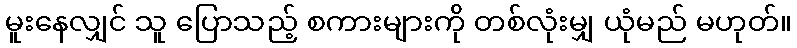
မူးနေလျှင် သူ ပြောသည့် စကားများကို တစ်လုံးမျှ ယုံမည် မဟုတ်။